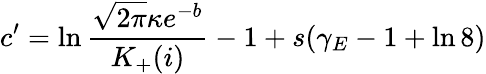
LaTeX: c^{\prime}=\ln\frac{\sqrt{2\pi}\kappa e^{-b}}{K_{+}(i)}-1+s(\gamma_{E}-1+\ln 8)